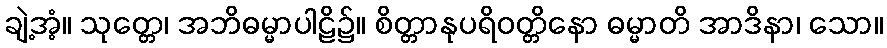
ချဲ့အံ့။ သုတ္တေ၊ အဘိဓမ္မာပါဠိ၌။ စိတ္တာနုပရိဝတ္တိနော ဓမ္မာတိ အာဒိနာ၊ သော။